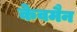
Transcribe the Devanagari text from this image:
केवमैन